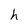
Character: h